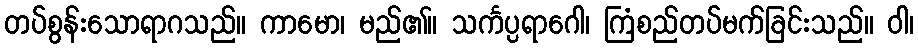
တပ်စွန်းသောရာဂသည်။ ကာမော၊ မည်၏။ သင်္ကပ္ပရာဂေါ၊ ကြံစည်တပ်မက်ခြင်းသည်။ ဝါ၊